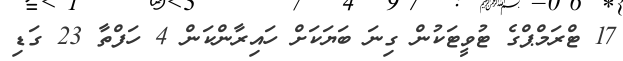
17 ޓްރަމްޕްގެ ޓުވީޓަކުން ގިނަ ބަޔަކަށް ހައިރާންކަން 4 ހަފްތާ 23 ގަޑި